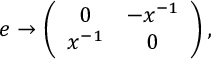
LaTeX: e \rightarrow \left( \begin{array} { c c } { { 0 } } & { { - x ^ { - 1 } } } \\ { { x ^ { - 1 } } } & { { 0 } } \end{array} \right) ,